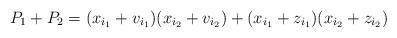
LaTeX: \begin{align*} P_1+P_2&=(x_{i_1}+v_{i_1})(x_{i_2}+v_{i_2})+(x_{i_1}+z_{i_1})(x_{i_2}+z_{i_2}) \end{align*}